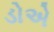
ડોએ